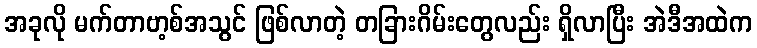
အခုလို မက်တာဗာ့စ်အသွင် ဖြစ်လာတဲ့ တခြားဂိမ်းတွေလည်း ရှိလာပြီး အဲဒီအထဲက